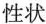
性状